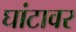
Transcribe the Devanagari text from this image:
घांटावर